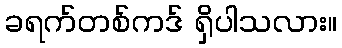
ခရက်တစ်ကဒ် ရှိပါသလား။